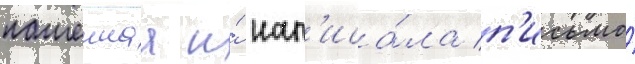
пашеннаа и́ нап'иса́ла п'исьмо́